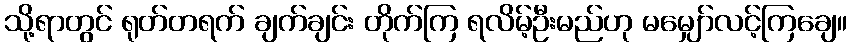
သို့ရာတွင် ရုတ်တရက် ချက်ချင်း တိုက်ကြ ရလိမ့်ဦးမည်ဟု မမျှော်လင့်ကြချေ။